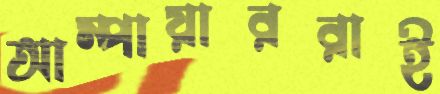
আম্পায়াররাই